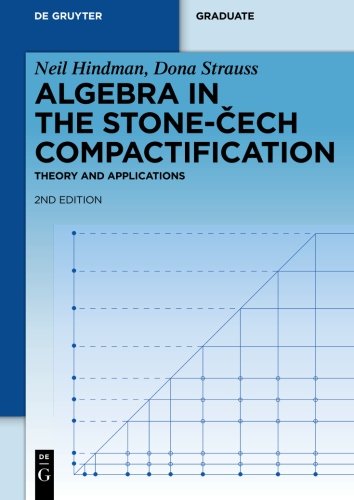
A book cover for ALGEBRA IN STONE-CECH   2ED (de Gruyter Textbook); Neil Hindman; Science & Math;